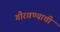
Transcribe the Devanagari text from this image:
गौरवण्याची